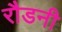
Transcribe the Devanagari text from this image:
रौडनी